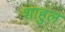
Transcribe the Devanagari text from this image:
शाहुल